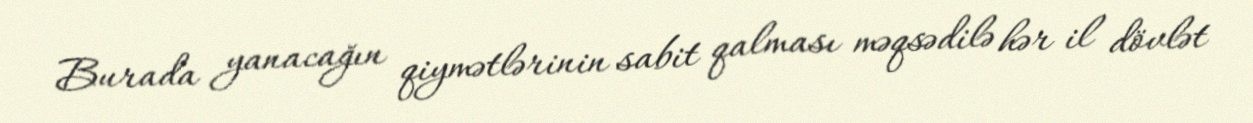
Burada yanacağın qiymətlərinin sabit qalması məqsədilə hər il dövlət